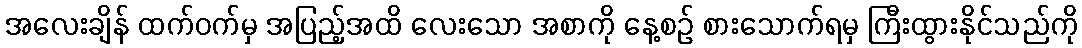
အလေးချိန် ထက်ဝက်မှ အပြည့်အထိ လေးသော အစာကို နေ့စဉ် စားသောက်ရမှ ကြီးထွားနိုင်သည်ကို